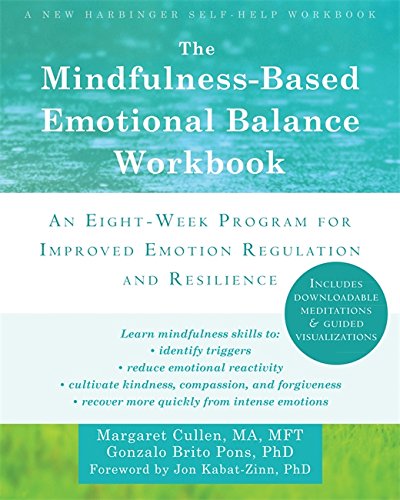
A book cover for The Mindfulness-Based Emotional Balance Workbook: An Eight-Week Program for Improved Emotion Regulation and Resilience; Margaret Cullen MA  MFT; Self-Help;